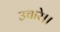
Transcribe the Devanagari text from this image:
उचारे।।